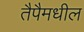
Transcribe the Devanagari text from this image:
तैपैमधील